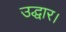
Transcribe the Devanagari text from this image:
उद्धार।